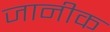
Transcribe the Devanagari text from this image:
जानीक